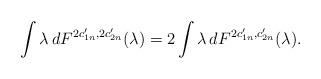
LaTeX: \begin{align*} \int\lambda \,dF^{2c_{1n}',2c_{2n}'}(\lambda)=2\int\lambda\,dF^{2c_{1n}',c_{2n}'}(\lambda).\end{align*}